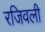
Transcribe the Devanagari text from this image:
रजिवली